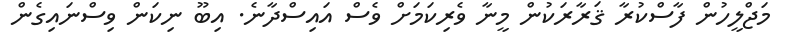
މަޖްލީހުން ފާސްކުރާ ޤަރާރަކުން މީނާ ވެރިކަމަށް ވެސް އައިސްދާނެ. އިބޫ ނިކަން ވިސްނައިގެން